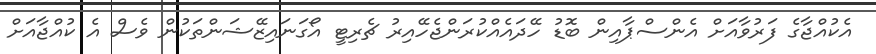
އެކުއްޖާގެ ފަރުވާއަށް އެންސްޕާއިން ބޮޑު ހޭދައެއްކުރަންޖެހޭއިރު ޗެރިޓީ އޯގަނައިޒޭޝަންތަކުން ވެސް އެ ކުއްޖާއަށް